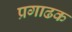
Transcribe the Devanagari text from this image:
प्रगाढक